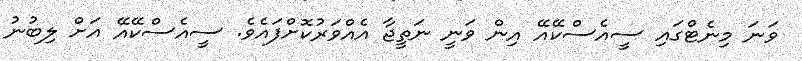
ވަނަ މިނެޓްގައި ސީއެސްކޭއޭ އިން ވަނީ ނަތީޖާ އެއްވަރުކޮށްފައެވެ. ސީއެސްކޭއޭ އަށް ލިބުނު